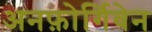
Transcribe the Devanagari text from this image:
अनफ़ोर्गिवेन